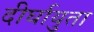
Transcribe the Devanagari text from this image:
दीर्घायुता